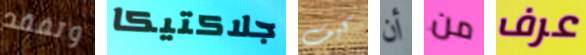
وتفقد جلاكتيكا كيف أن من عرف